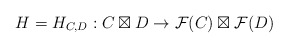
\begin{align*}H=H_{C,D}:C\boxtimes D\rightarrow \mathcal{F}(C)\boxtimes\mathcal{F}(D)\end{align*}